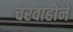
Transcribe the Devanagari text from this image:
चरवाहोने